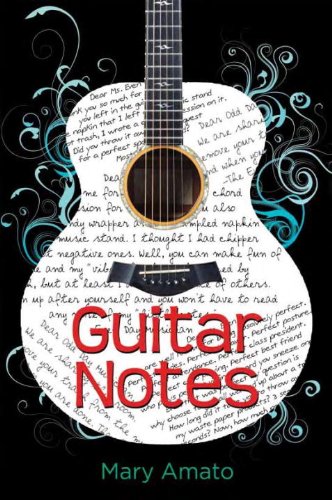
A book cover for Guitar Notes; Mary Amato; Teen & Young Adult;